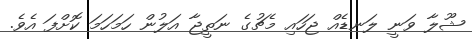
ޝޫލާ ވަނީ ލަނޑެއް ޖަހައި މެޗުގެ ނަތީޖާ އަލުން ހަމަހަމަ ކޮށްފަ އެވެ.